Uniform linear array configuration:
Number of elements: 12
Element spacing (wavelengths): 1
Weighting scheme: kaiser
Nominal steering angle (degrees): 30
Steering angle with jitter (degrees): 29.52
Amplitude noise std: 0.05
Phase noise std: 0.05

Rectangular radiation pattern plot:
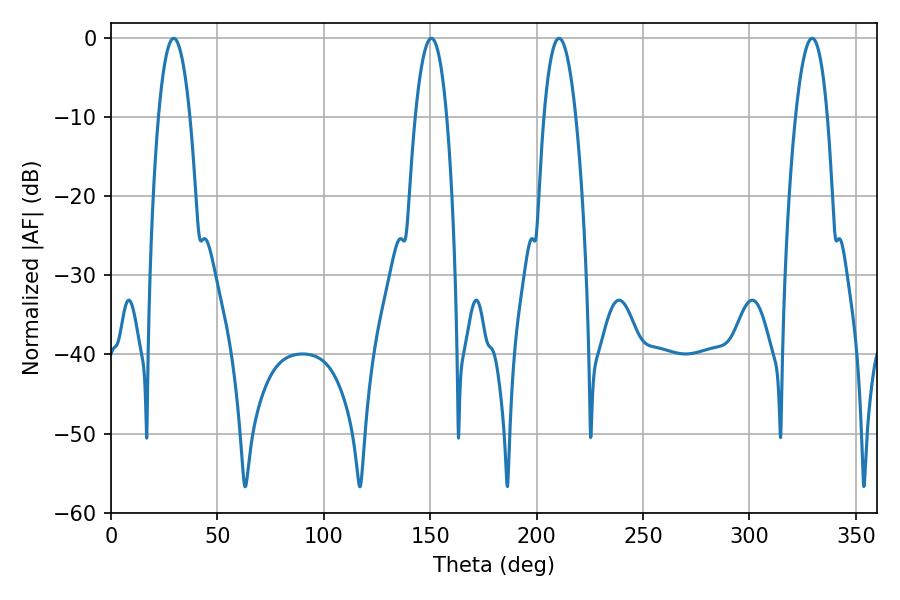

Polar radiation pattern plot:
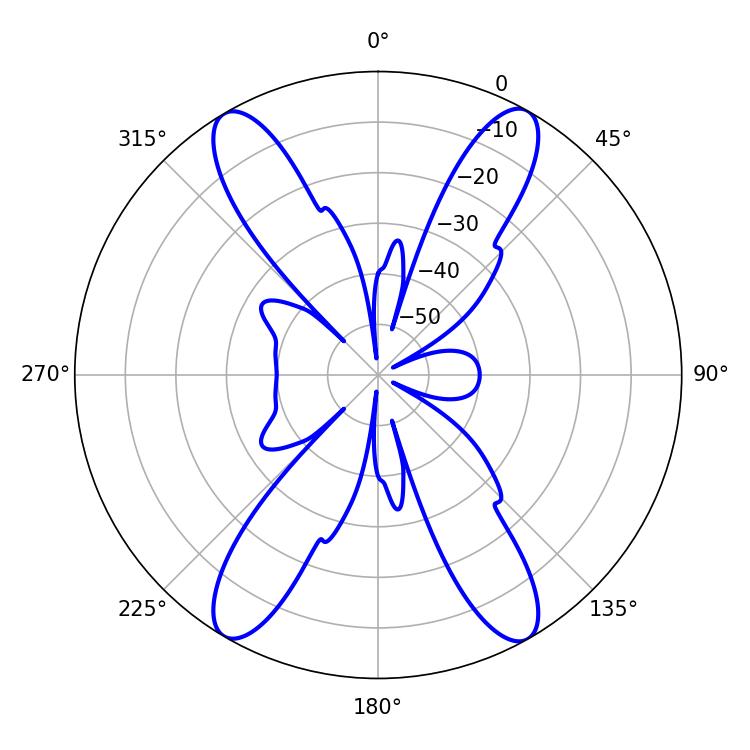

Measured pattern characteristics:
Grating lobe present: TRUE
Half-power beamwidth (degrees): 8.28
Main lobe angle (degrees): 210.6